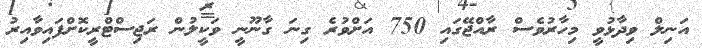
އަނިލް ވިދާޅުވީ މިހާރުވެސް ރާއްޖޭގައި 750 އަށްވުރެ ގިނަ ގާނޫނީ ވަކީލުން ރަޖިސްޓްރީކޮށްފައިވާއިރު